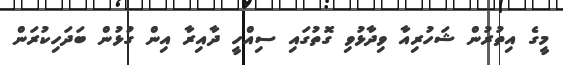
މީގެ އިތުރުން ޝަހުރިއާ ވިދާޅުވި ގޮތުގައި ސިއްހީ ދާއިރާ އިން ގުޅުން ބަދަހިކުރަން